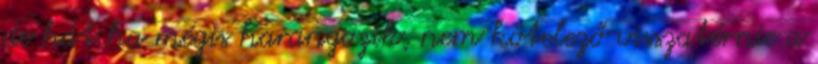
de hát ha mégis harangozik, nem kötelező visszatérnie a